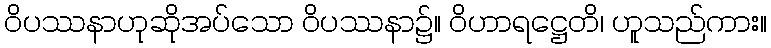
ဝိပဿနာဟုဆိုအပ်သော ဝိပဿနာ၌။ ဝိဟာရဋ္ဌေတိ၊ ဟူသည်ကား။